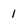
Character: 1